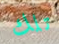
تلك